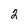
Character: 2